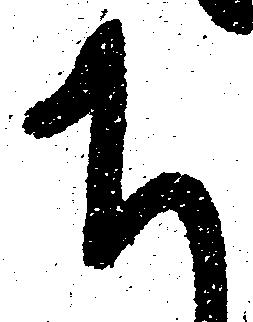
ち